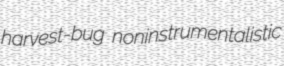
harvest-bug noninstrumentalistic